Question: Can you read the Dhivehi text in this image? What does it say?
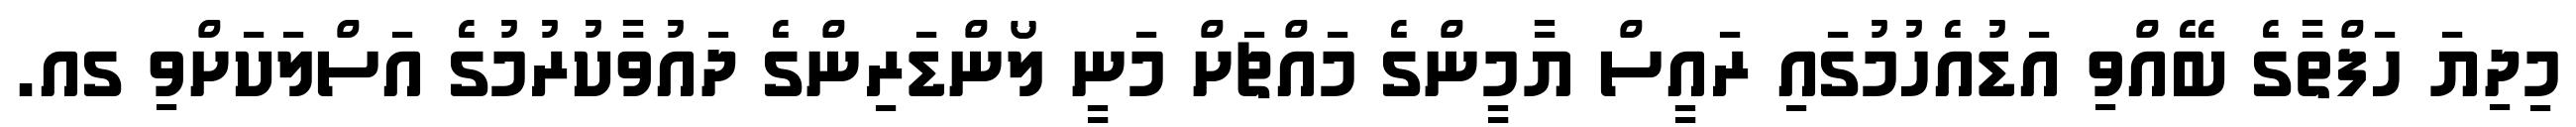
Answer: މިދިޔަ ހަފްތާގެ ބޭއްވި އަޑުއެހުމުގައި ރައީސް ޔާމީންގެ މައްޗަށް މަނީ ލޯންޑަރިންގެ ދައުވާކުރުމުގެ އަސްލަކަށްވި ގއ.